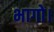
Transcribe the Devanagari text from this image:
भागो।